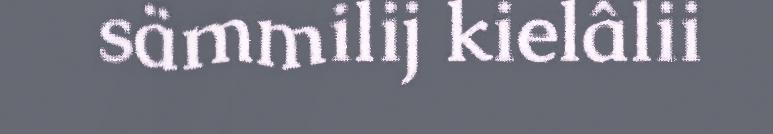
sämmilij kielâlii